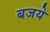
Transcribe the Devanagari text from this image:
बजये